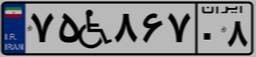
۷۵W۸۶۷۰۸